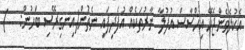
އެކުލެވެންޖެހޭ އިހްސާސް އުފުލާ ނާރުތަކެއް އުފެދިފައި ނެތުން(އިނގިރޭސި ބަހުން:   )